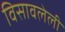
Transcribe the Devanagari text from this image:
विसावलेली